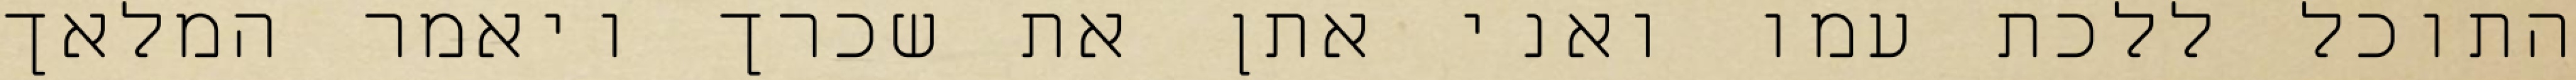
התוכל ללכת עמו ואני אתן את שכרך ויאמר המלאך